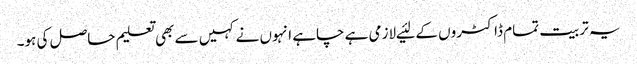
یہ تربیت تمام ڈاکٹروں کے لئیے لازمی ہے چاہے انہوں نے کہیں سے بھی تعلیم حاصل کی ہو۔